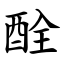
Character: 酫